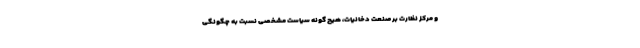
و مرکز نظارت بر صنعت دخانیات، هیچ گونه سیاست مشخصی نسبت به چگونگی